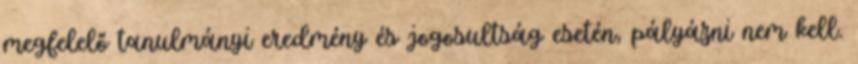
megfelelő tanulmányi eredmény és jogosultság esetén, pályázni nem kell.